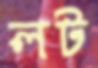
লট